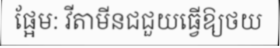
ផ្អែម: វីតាមីនជជួយធ្វើឱ្យថយ